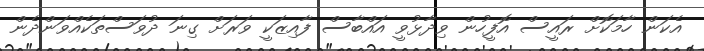
އެކަން ހާމަކޮށް ރައީސް އޮފީހުން ވިދާޅުވީ އައްބާސް ފާއިޒަކީ ވަރަށް ގިނަ ދުވަސްތަކެއްވަންދެން